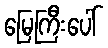
မြေကြီးပေါ်